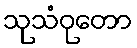
သုသံဝုတော